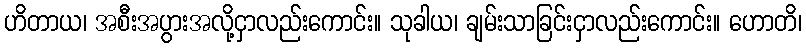
ဟိတာယ၊ အစီးအပွားအလို့ငှာလည်းကောင်း။ သုခါယ၊ ချမ်းသာခြင်းငှာလည်းကောင်း။ ဟောတိ၊